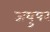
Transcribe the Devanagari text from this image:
जयुपर